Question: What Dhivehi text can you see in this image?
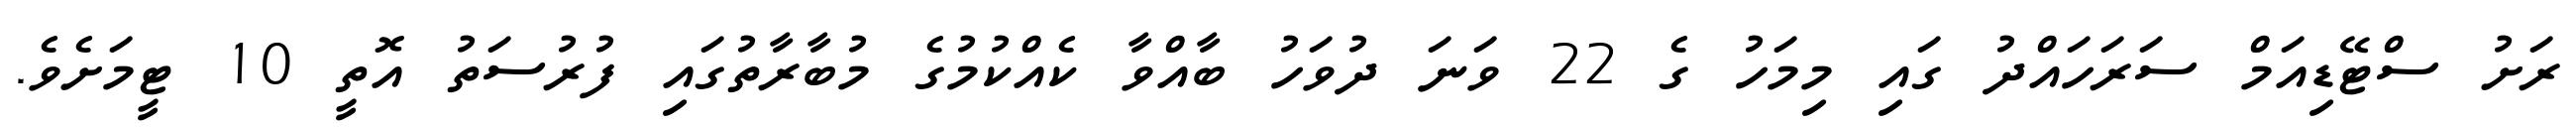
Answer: ރަށު ސްޓޭޑިއަމް ސަރަހައްދު ގައި މިމަހު ގެ 22 ވަނަ ދުވަހު ބާއްވާ ކެއްކުމުގެ މުބާރާތުގައި ފުރުސަތު އޮތީ 10 ޓީމަށެވެ.